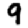
Digit: 9